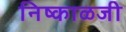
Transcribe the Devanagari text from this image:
निष्काळजी